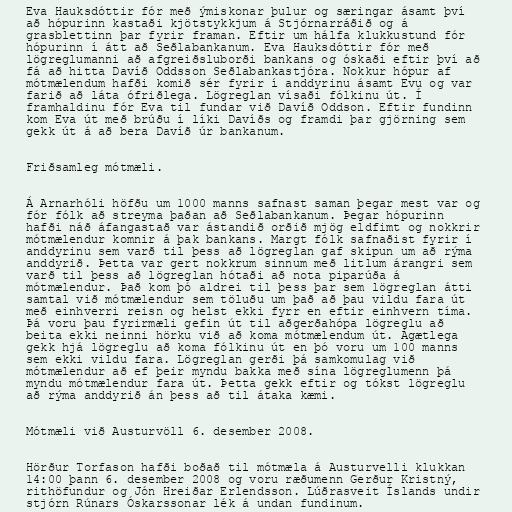
Eva Hauksdóttir fór með ýmiskonar þulur og særingar ásamt því
að hópurinn kastaði kjötstykkjum á Stjórnarráðið og á
grasblettinn þar fyrir framan. Eftir um hálfa klukkustund fór
hópurinn í átt að Seðlabankanum. Eva Hauksdóttir fór með
lögreglumanni að afgreiðsluborði bankans og óskaði eftir því að
fá að hitta Davíð Oddsson Seðlabankastjóra. Nokkur hópur af
mótmælendum hafði komið sér fyrir í anddyrinu ásamt Evu og var
farið að láta ófriðlega. Lögreglan vísaði fólkinu út. Í
framhaldinu fór Eva til fundar við Davíð Oddson. Eftir fundinn
kom Eva út með brúðu í líki Davíðs og framdi þar gjörning sem
gekk út á að bera Davíð úr bankanum.

Friðsamleg mótmæli.

Á Arnarhóli höfðu um 1000 manns safnast saman þegar mest var og
fór fólk að streyma þaðan að Seðlabankanum. Þegar hópurinn
hafði náð áfangastað var ástandið orðið mjög eldfimt og nokkrir
mótmælendur komnir á þak bankans. Margt fólk safnaðist fyrir í
anddyrinu sem varð til þess að lögreglan gaf skipun um að rýma
anddyrið. Þetta var gert nokkrum sinnum með litlum árangri sem
varð til þess að lögreglan hótaði að nota piparúða á
mótmælendur. Það kom þó aldrei til þess þar sem lögreglan átti
samtal við mótmælendur sem töluðu um það að þau vildu fara út
með einhverri reisn og helst ekki fyrr en eftir einhvern tíma.
Þá voru þau fyrirmæli gefin út til aðgerðahópa lögreglu að
beita ekki neinni hörku við að koma mótmælendum út. Ágætlega
gekk hjá lögreglu að koma fólkinu út en þó voru um 100 manns
sem ekki vildu fara. Lögreglan gerði þá samkomulag við
mótmælendur að ef þeir myndu bakka með sína lögreglumenn þá
myndu mótmælendur fara út. Þetta gekk eftir og tókst lögreglu
að rýma anddyrið án þess að til átaka kæmi.

Mótmæli við Austurvöll 6. desember 2008.

Hörður Torfason hafði boðað til mótmæla á Austurvelli klukkan
14:00 þann 6. desember 2008 og voru ræðumenn Gerður Kristný,
rithöfundur og Jón Hreiðar Erlendsson. Lúðrasveit Íslands undir
stjórn Rúnars Óskarssonar lék á undan fundinum.